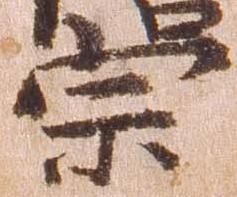
宗